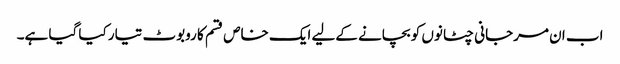
اب ان مرجانی چٹانوں کو بچانے کےلیے ایک خاص قسم کا روبوٹ تیار کیا گیا ہے۔